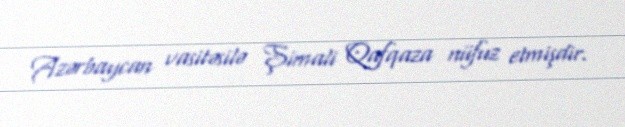
Azərbaycan vasitəsilə Şimali Qafqaza nüfuz etmişdir.